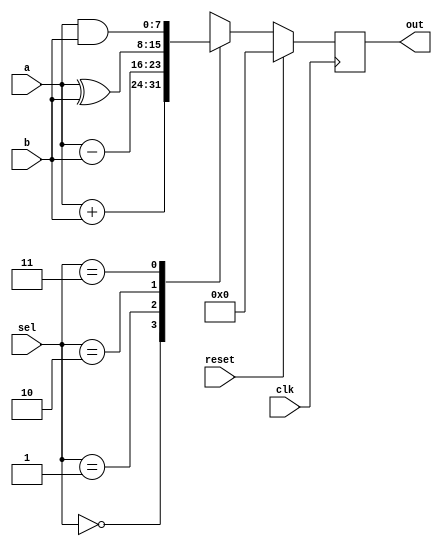
`timescale 1ns / 1ps
//////////////////////////////////////////////////////////////////////////////////
// Company: 
// Engineer: 
// 
// Design Name: 
// Module Name:    smallalu 
// Project Name: 
// Target Devices: 
// Tool versions: 
// Description: 
//
// Dependencies: 
//
// Revision: 
// Revision 0.01 - File Created
// Additional Comments: 
//
//////////////////////////////////////////////////////////////////////////////////
module smallalu(sel,clk,reset,a,b,out );

parameter width=8;
  input        [1:0] sel ;
  input         reset,     clk;
  input        [width-1:0] a;
  input        [width-1:0] b;
  output reg   [width-1:0] out;

wire [7:0] MUX [0:3];

assign MUX[0] = a+b;
assign MUX[1] = a-b;
assign MUX[2] = a^b;
assign MUX[3] = a&b;

always@(posedge clk)
begin
if (reset)
  out<=7'b0;
  else
  out <= MUX[sel];
end
 endmodule